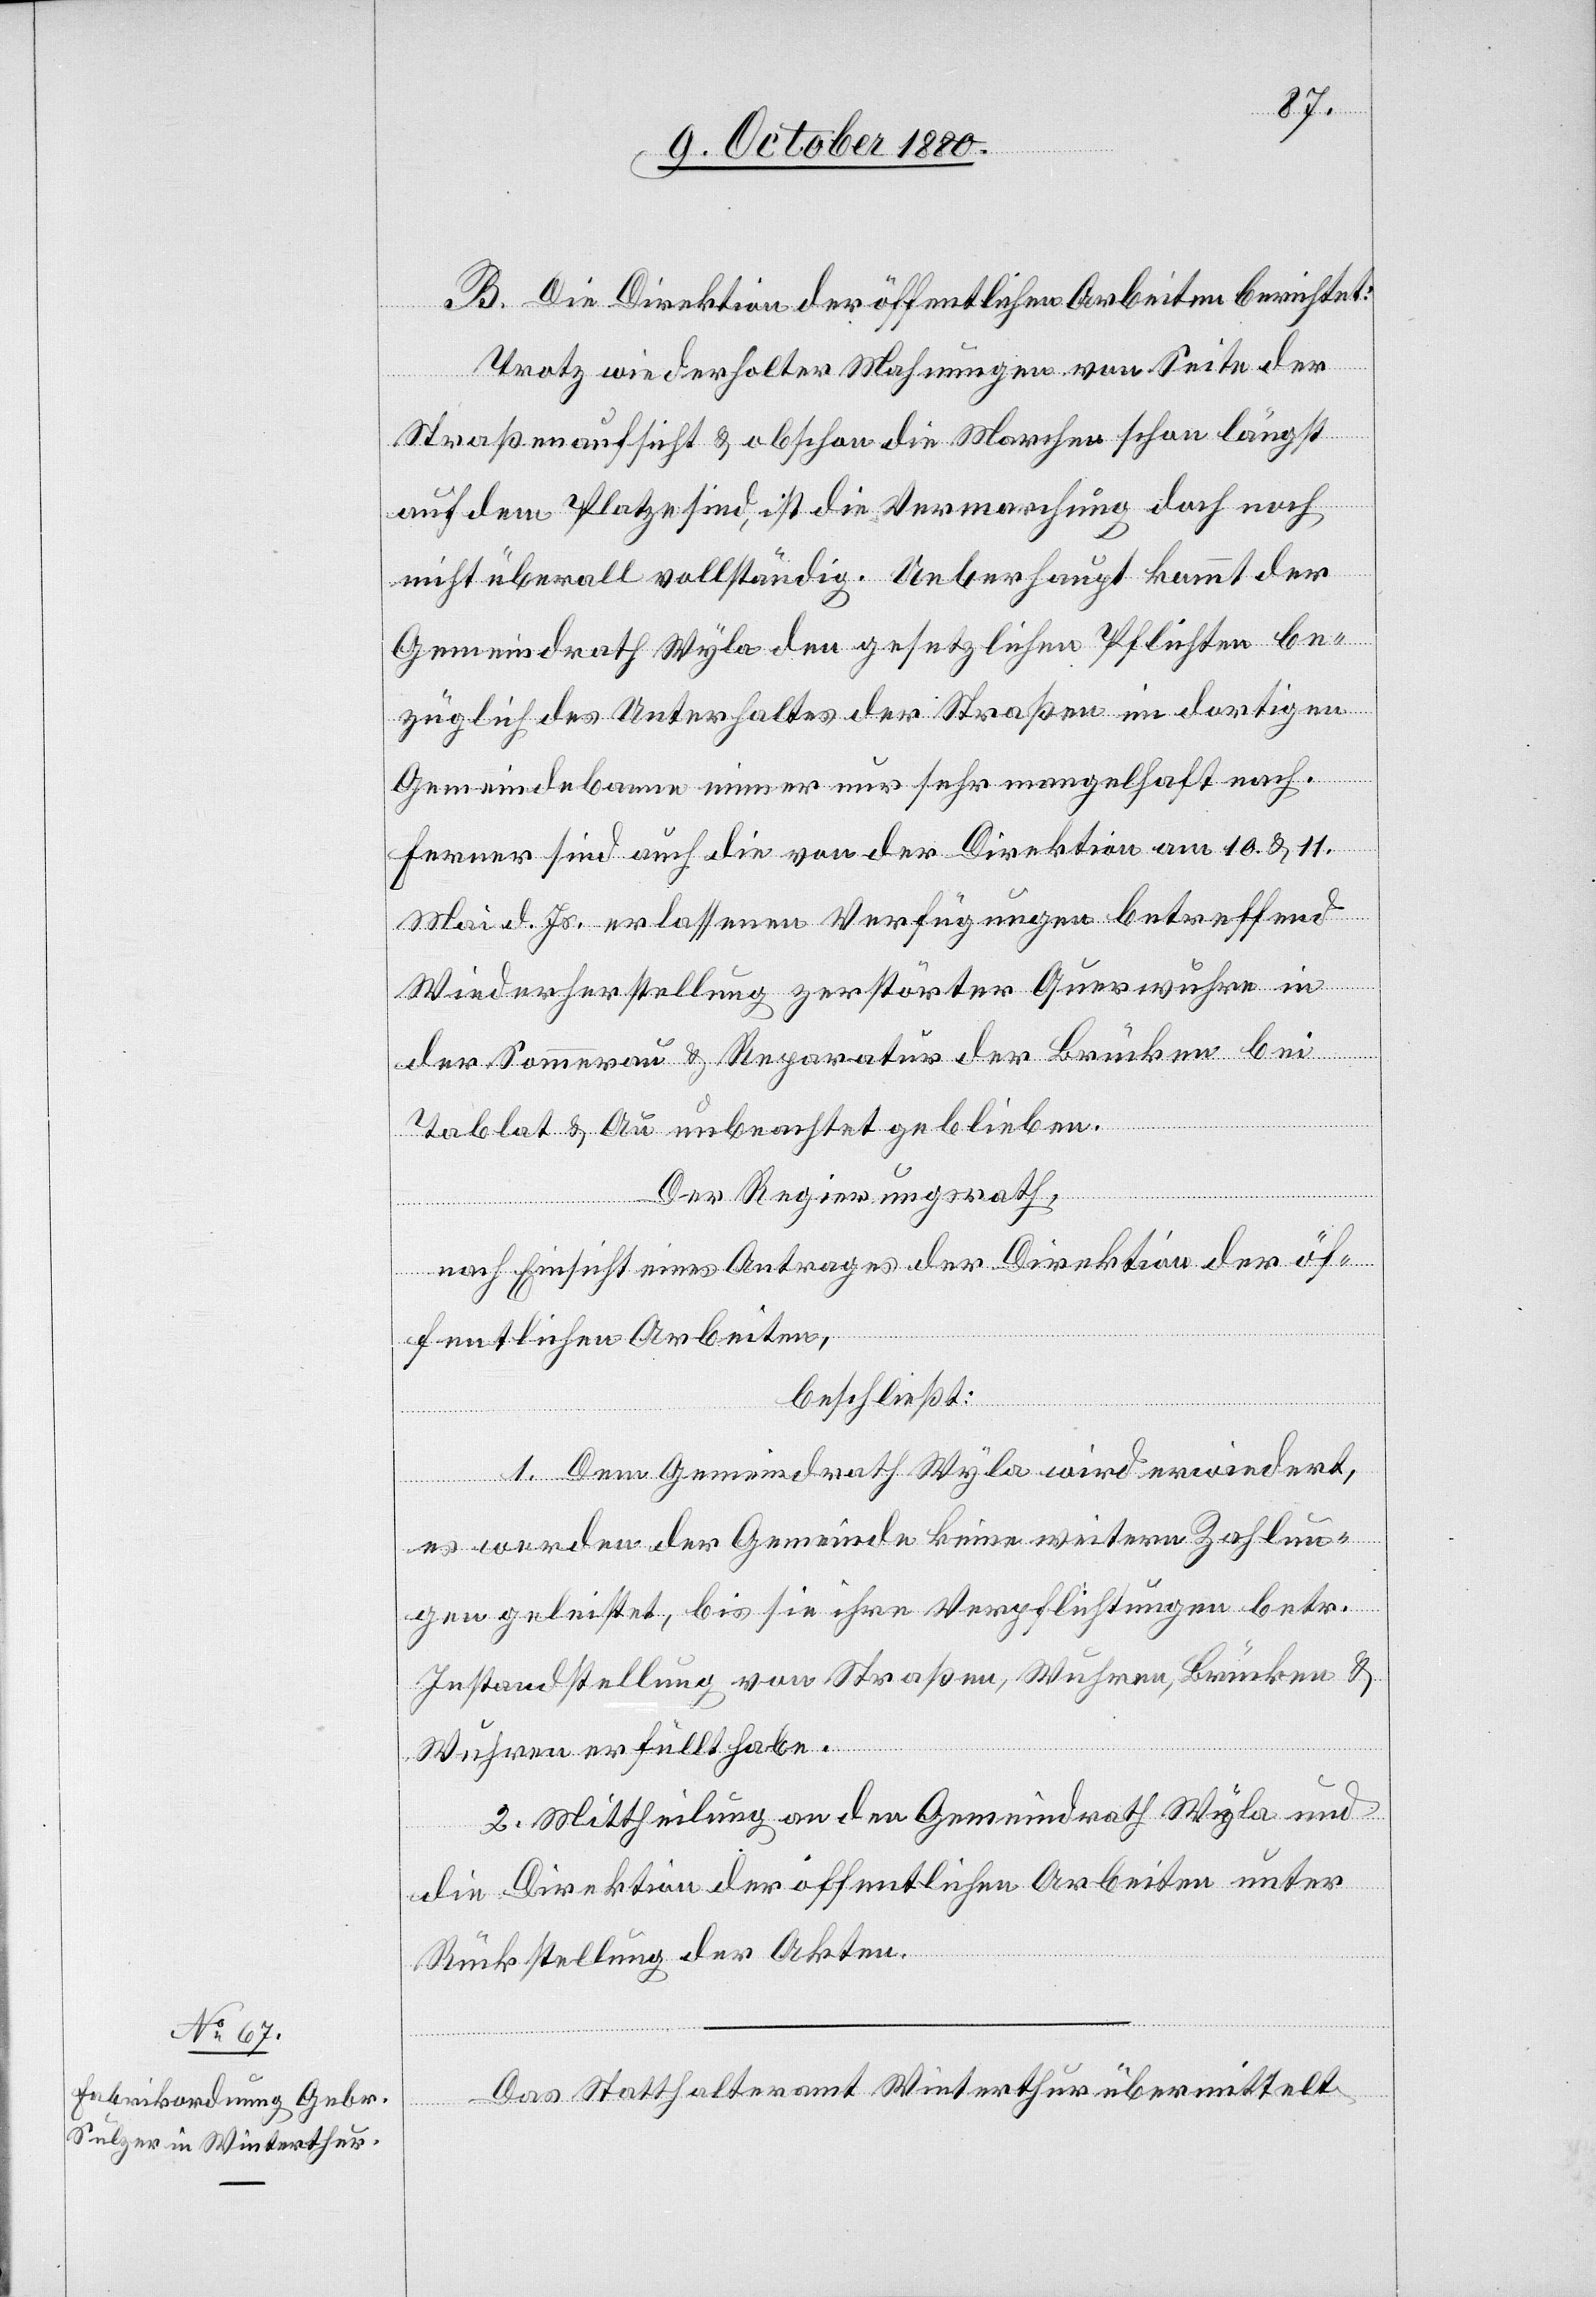
habe.
B. Die Direktion der öffentlichen Arbeiten berichtet:
Trotz wiederholter Mahnungen von Seite der
Straßenaufsicht & obschon die Marchen schon längst
auf dem Platze sind, ist die Vermarchung doch noch
nicht überall vollständig. Ueberhaupt kommt der
Gemeindrath Wyla den gesetzlichen Pflichten be¬
züglich des Unterhaltes der Straßen im dortigen
Gemeindebanne immer nur sehr mangelhaft nach.
Ferner sind auch die von der Direktion am 10. & 11.
Mai d. Js. erlassenen Verfügungen betreffend
Wiederherstellung zerstörter Querwuhre in
der Sommerau & Reparatur der Brücken bei
Tablat & Au unbeachtet geblieben.
Der Regierungsrath,
nach Einsicht eines Antrages der Direktion der öf¬
fentlichen Arbeiten,
beschließt:
1. Dem Gemeindrath Wyla wird erwiedert,
es werden der Gemeinde keine weitern Zahlun¬
gen geleistet, bis sie ihre Verpflichtungen betr.
Instandstellung von Straßen, Wuhren, Brücken &
2. Mittheilung an den Gemeindrath Wyla und
die Direktion der öffentlichen Arbeiten unter
Rückstellung der Akten.
Das Statthalteramt Winterthur übermittelt